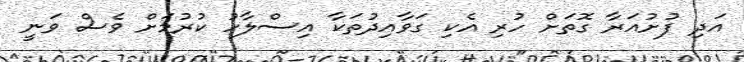
އަދި ފުށުއަރާ ގޮތަށް ހުރި އެކި ގަވާއިދުތަކާ އިސްލާހު ކުރުމަށް ވެސް ވަނީ